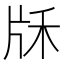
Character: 𤖱